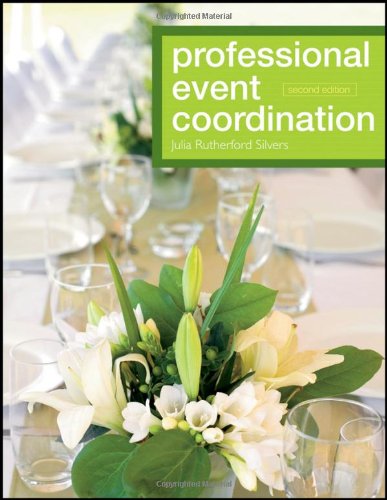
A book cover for Professional Event Coordination; Julia Rutherford Silvers; Politics & Social Sciences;